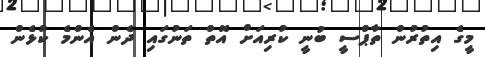
މީގެ އިތުރުން ތާޕްސީ ބުނީ ކުރިއަށް އޮތް ތަނުގައި ދެން އެންމެ ކުޅެން